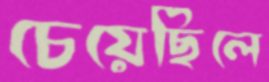
চেয়েছিলে